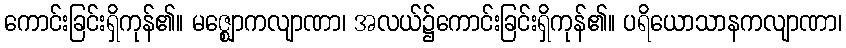
ကောင်းခြင်းရှိကုန်၏။ မဇ္ဈောကလျာဏာ၊ အလယ်၌ကောင်းခြင်းရှိကုန်၏။ ပရိယောသာနကလျာဏာ၊